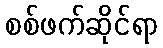
စစ်ဖက်ဆိုင်ရာ